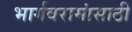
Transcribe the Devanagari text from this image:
भार्गवरामांसाठी